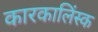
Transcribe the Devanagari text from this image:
कारकालिंस्क